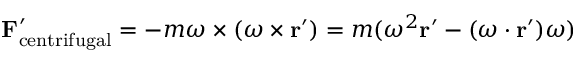
\mathbf { F } _ { \mathrm { c e n t r i f u g a l } } ^ { \prime } = - m { \boldsymbol { \omega } } \times ( { \boldsymbol { \omega } } \times \mathbf { r } ^ { \prime } ) = m ( \omega ^ { 2 } \mathbf { r } ^ { \prime } - ( { \boldsymbol { \omega } } \cdot \mathbf { r } ^ { \prime } ) { \boldsymbol { \omega } } )